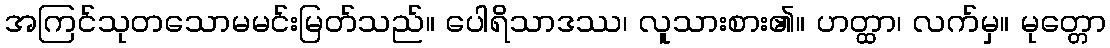
အကြင်သုတသောမမင်းမြတ်သည်။ ပေါရိသာဒဿ၊ လူသားစား၏။ ဟတ္ထာ၊ လက်မှ။ မုတ္တော